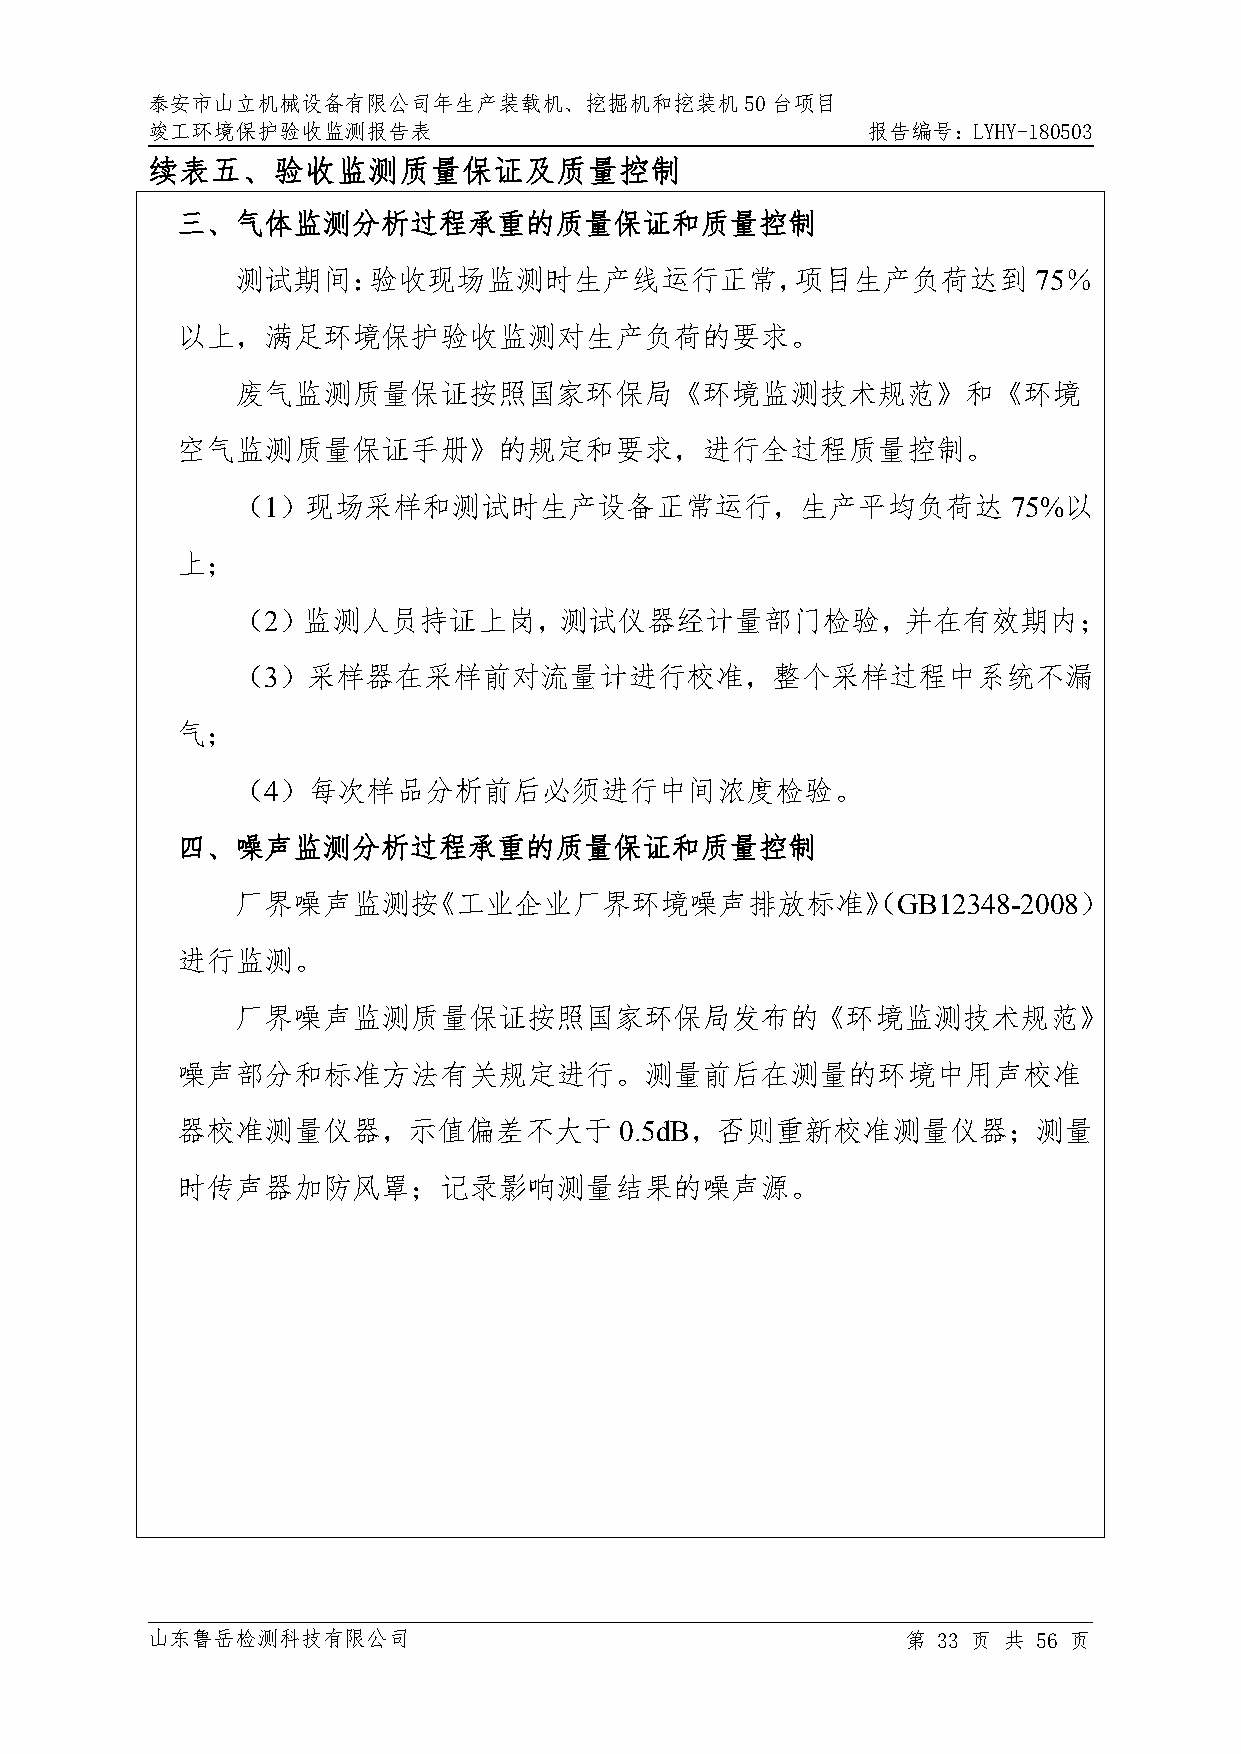
泰安市山立机械设备有限公司年生产装载机、挖掘机和挖装机50台项目
 竣工环境保护验收监测报告表                                  报告编号：LYHY-180503
 续表五、验收监测质量保证及质量控制
 三、气体监测分析过程承重的质量保证和质量控制
 测试期间：验收现场监测时生产线运行正常，项目生产负荷达到                        75％
 以上，满足环境保护验收监测对生产负荷的要求。
 废气监测质量保证按照国家环保局《环境监测技术规范》和《环境
 空气监测质量保证手册》的规定和要求，进行全过程质量控制。
 （1）现场采样和测试时生产设备正常运行，生产平均负荷达                        75%以
 上；
 （2）监测人员持证上岗，测试仪器经计量部门检验，并在有效期内；
 （3）采样器在采样前对流量计进行校准，整个采样过程中系统不漏
 气；
 （4）每次样品分析前后必须进行中间浓度检验。
 四、噪声监测分析过程承重的质量保证和质量控制
 厂界噪声监测按《工业企业厂界环境噪声排放标准》（GB12348-2008）
 进行监测。
 厂界噪声监测质量保证按照国家环保局发布的《环境监测技术规范》
 噪声部分和标准方法有关规定进行。测量前后在测量的环境中用声校准
 器校准测量仪器，示值偏差不大于              0.5dB，否则重新校准测量仪器；测量
 时传声器加防风罩；记录影响测量结果的噪声源。
 山东鲁岳检测科技有限公司                                      第 33 页 共 56 页